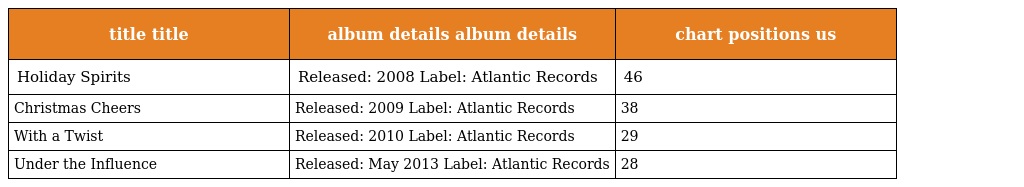
| title title | album details album details | chart positions us |
 | --- | --- | --- |
 | Holiday Spirits | Released: 2008 Label: Atlantic Records | 46 |
 | Christmas Cheers | Released: 2009 Label: Atlantic Records | 38 |
 | With a Twist | Released: 2010 Label: Atlantic Records | 29 |
 | Under the Influence | Released: May 2013 Label: Atlantic Records | 28 |